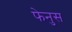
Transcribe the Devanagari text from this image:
फेनुस